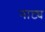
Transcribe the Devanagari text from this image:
नाट्य